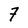
Character: 7